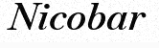
Nicobar